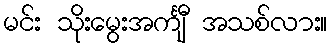
မင်း သိုးမွေးအင်္ကျီ အသစ်လား။